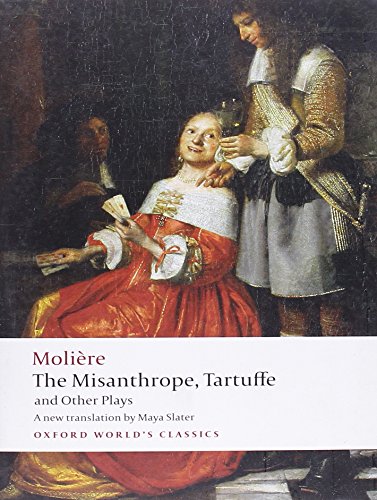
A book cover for The Misanthrope, Tartuffe, and Other Plays (Oxford World's Classics); MoliÃ¨re; Literature & Fiction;